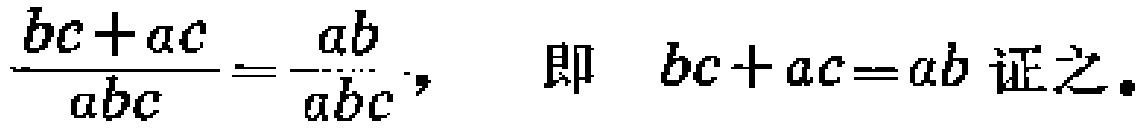
\(\frac{bc + ac}{abc} = \frac{ab}{abc},\ \ 即\ \ bc + ac = ab \text{证之.}\)